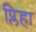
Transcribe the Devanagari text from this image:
प्लिहा